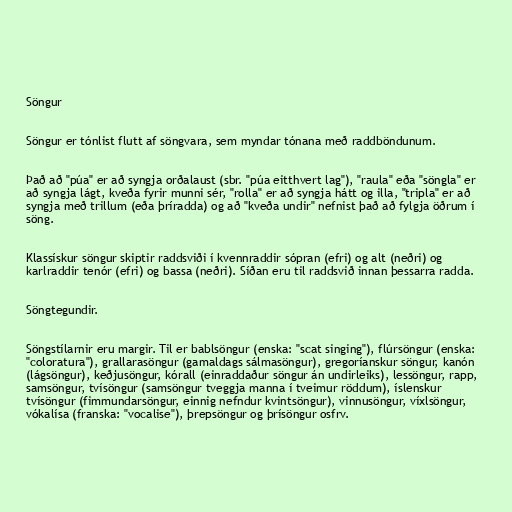
Söngur

Söngur er tónlist flutt af söngvara, sem myndar tónana með raddböndunum.

Það að "púa" er að syngja orðalaust (sbr. "púa eitthvert lag"), "raula" eða "söngla" er
að syngja lágt, kveða fyrir munni sér, "rolla" er að syngja hátt og illa, "tripla" er að
syngja með trillum (eða þríradda) og að "kveða undir" nefnist það að fylgja öðrum í
söng.

Klassískur söngur skiptir raddsviði í kvennraddir sópran (efri) og alt (neðri) og
karlraddir tenór (efri) og bassa (neðri). Síðan eru til raddsvið innan þessarra radda.

Söngtegundir.

Söngstílarnir eru margir. Til er bablsöngur (enska: "scat singing"), flúrsöngur (enska:
"coloratura"), grallarasöngur (gamaldags sálmasöngur), gregoríanskur söngur, kanón
(lágsöngur), keðjusöngur, kórall (einraddaður söngur án undirleiks), lessöngur, rapp,
samsöngur, tvísöngur (samsöngur tveggja manna í tveimur röddum), íslenskur
tvísöngur (fimmundarsöngur, einnig nefndur kvintsöngur), vinnusöngur, víxlsöngur,
vókalísa (franska: "vocalise"), þrepsöngur og þrísöngur osfrv.